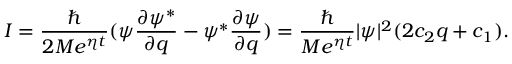
I = \frac \hbar { 2 M e ^ { \eta t } } ( \psi \frac { \partial \psi ^ { * } } { \partial q } - \psi ^ { * } \frac { \partial \psi } { \partial q } ) = \frac \hbar { M e ^ { \eta t } } | \psi | ^ { 2 } ( 2 c _ { 2 } q + c _ { 1 } ) .